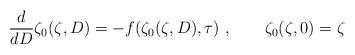
LaTeX: \begin{align*}{d \over d D} \zeta_0(\zeta,D) = -f(\zeta_0(\zeta,D),\tau)\ , \qquad \zeta_0(\zeta,0) = \zeta \end{align*}